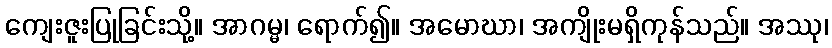
ကျေးဇူးပြုခြင်းသို့။ အာဂမ္မ၊ ရောက်၍။ အမောဃာ၊ အကျိုးမရှိကုန်သည်။ အဿု၊